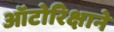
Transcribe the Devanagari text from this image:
ऑटोरिक्षाने